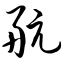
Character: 航